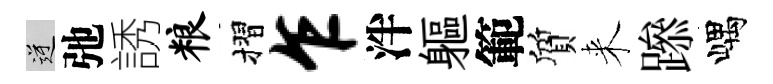
逆弛誘粮摺乍泮軀範質来𨅶嵎